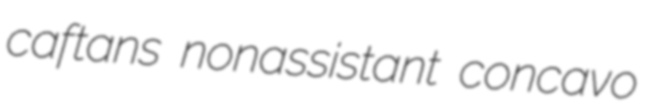
caftans nonassistant concavo